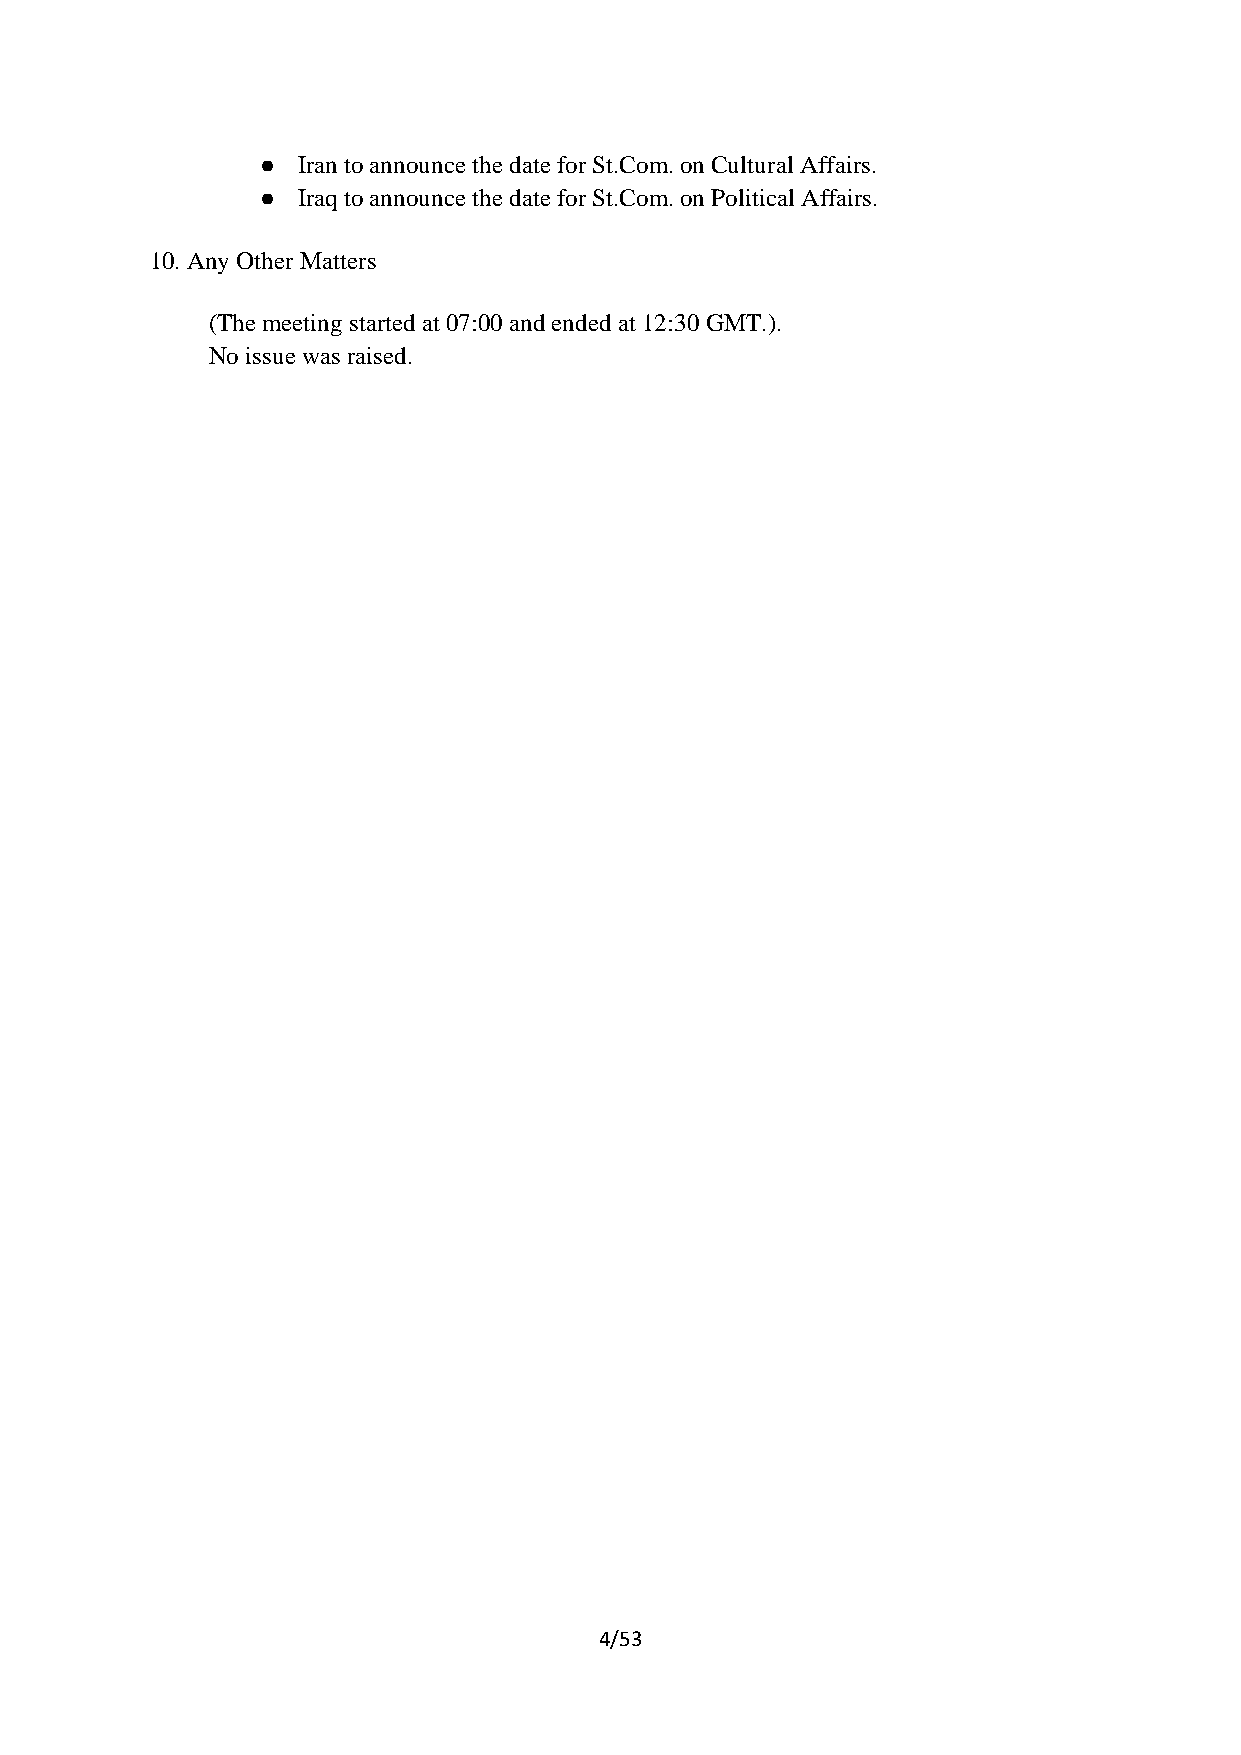
●  Iran to announce the date for St.Com. on Cultural Affairs.
 ●  Iraq to announce the date for St.Com. on Political Affairs.
 10.Any Other Matters
 (The meeting started at 07:00 and ended at 12:30 GMT.).
 No issue was raised.
 4/53